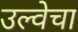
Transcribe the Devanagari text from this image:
उल्वेचा